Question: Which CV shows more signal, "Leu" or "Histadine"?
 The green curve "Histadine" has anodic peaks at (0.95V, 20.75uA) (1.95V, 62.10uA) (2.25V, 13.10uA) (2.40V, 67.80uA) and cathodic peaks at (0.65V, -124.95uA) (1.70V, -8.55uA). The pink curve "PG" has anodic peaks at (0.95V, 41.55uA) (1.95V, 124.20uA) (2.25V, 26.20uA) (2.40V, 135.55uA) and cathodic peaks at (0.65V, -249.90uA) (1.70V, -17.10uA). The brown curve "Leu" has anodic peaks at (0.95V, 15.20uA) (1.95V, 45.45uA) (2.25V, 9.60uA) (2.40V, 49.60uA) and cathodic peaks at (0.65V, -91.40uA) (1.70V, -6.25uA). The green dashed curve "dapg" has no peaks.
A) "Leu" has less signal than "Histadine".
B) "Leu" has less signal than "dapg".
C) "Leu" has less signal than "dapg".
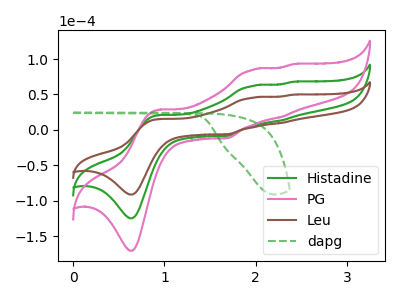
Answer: <think>All the peaks in "Leu" have a peak in "Histadine" at the same potential. Every peak in "Leu" is lower than every peak in "Histadine".
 </think>
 <answer>A) "Leu" has less signal than "Histadine".</answer>
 <eval>A</eval>